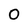
Character: 0